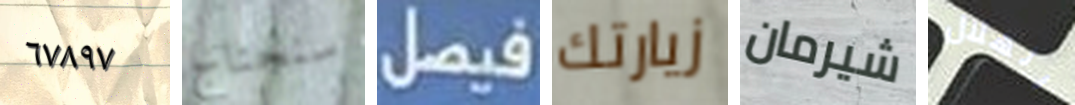
٦٧٨٩٧ سنحتاج فيصل زيارتك شيرمان الهلال